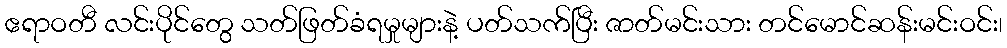
ဧရာဝတီ လင်းပိုင်တွေ သတ်ဖြတ်ခံရမှုများနဲ့ ပတ်သက်ပြီး ဇာတ်မင်းသား တင်မောင်ဆန်းမင်းဝင်း၊